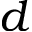
\boldsymbol d